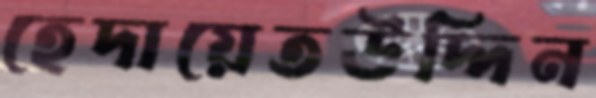
হেদায়েতউদ্দিন